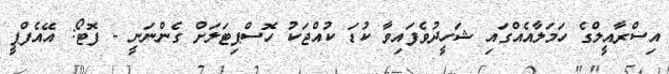
އިސްރާއީލްގެ ހަމަލާއެއްގައި ޝަހީދުވެފައިވާ ކުޑަ ކުއްޖަކު ހޮސްޕިޓަލަށް ގެންނަނީ - ފޮޓޯ: އޭއެފްޕީ